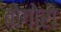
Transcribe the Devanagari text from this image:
बोगोरो